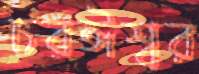
চরঈশ্বর